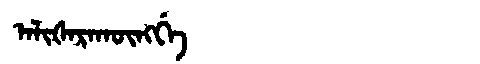
Manchu: ᠠᠯᡳᡧᠠᡵᠠᡴᡡᠩᡤᡝ
Romanization: ALIŠARAKŪNGGE